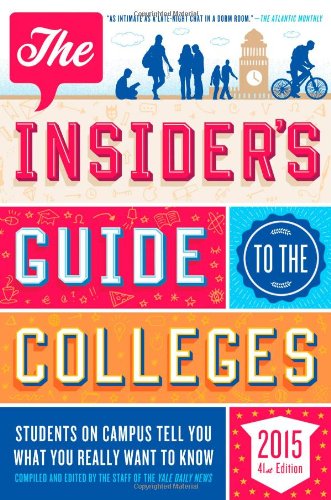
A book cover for The Insider's Guide to the Colleges, 2015: Students on Campus Tell You What You Really Want to Know, 41st Edition; Yale Daily News Staff; Education & Teaching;